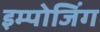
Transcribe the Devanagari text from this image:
इम्पोजिंग